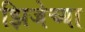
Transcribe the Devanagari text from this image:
झिजेच्या